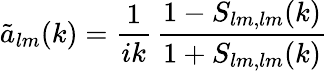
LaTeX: \tilde{a}_{lm}(k)=\frac{1}{ik}\, \frac{1-S_{lm,lm}(k)}{1+S_{lm,lm}(k)}